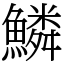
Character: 鱗